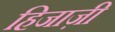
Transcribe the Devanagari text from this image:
हिजाज़ी